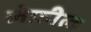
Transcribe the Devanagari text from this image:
लेफ़ील्ड